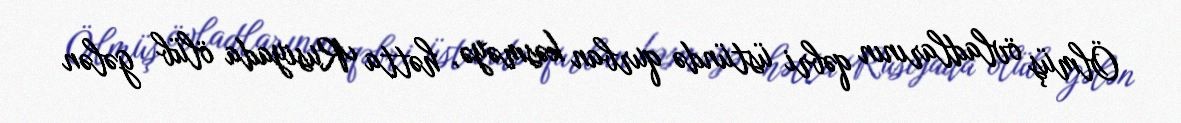
Ölmüş övladlarının qəbri üstündə qurban kəsməyə, hətta Rusiyada ölüb gələn